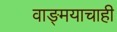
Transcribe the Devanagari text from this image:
वाङ्मयाचाही